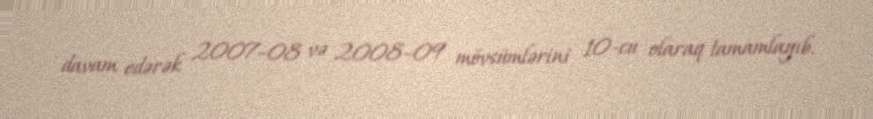
davam edərək 2007–08 və 2008–09 mövsümlərini 10-cu olaraq tamamlayıb.